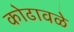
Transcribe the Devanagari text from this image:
कोढावळे